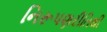
નિરૂપણરીતિથી